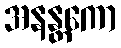
အနန္တကော